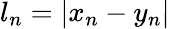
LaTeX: \begin{array}{r}{l_{n}=|x_{n}-y_{n}|}\end{array}